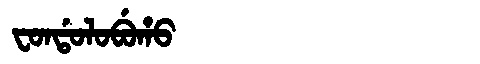
Manchu: ᠸᠣᠨᡩᠣᠯᠣᠪᡠᡥᠣ
Romanization: FONDOLOBUHO